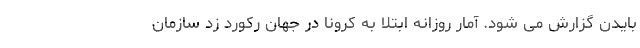
بایدن گزارش می شود. آمار روزانه ابتلا به کرونا در جهان رکورد زد سازمان